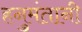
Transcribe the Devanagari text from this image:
हनुमंतानी